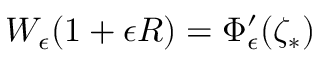
W _ { \epsilon } ( 1 + \epsilon R ) = \Phi _ { \epsilon } ^ { \prime } ( \zeta _ { * } )